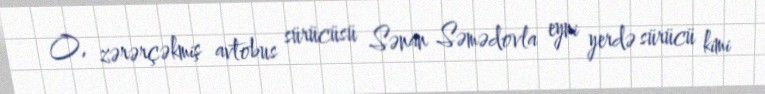
O, zərərçəkmiş avtobus sürücüsü Sənan Səmədovla eyni yerdə sürücü kimi